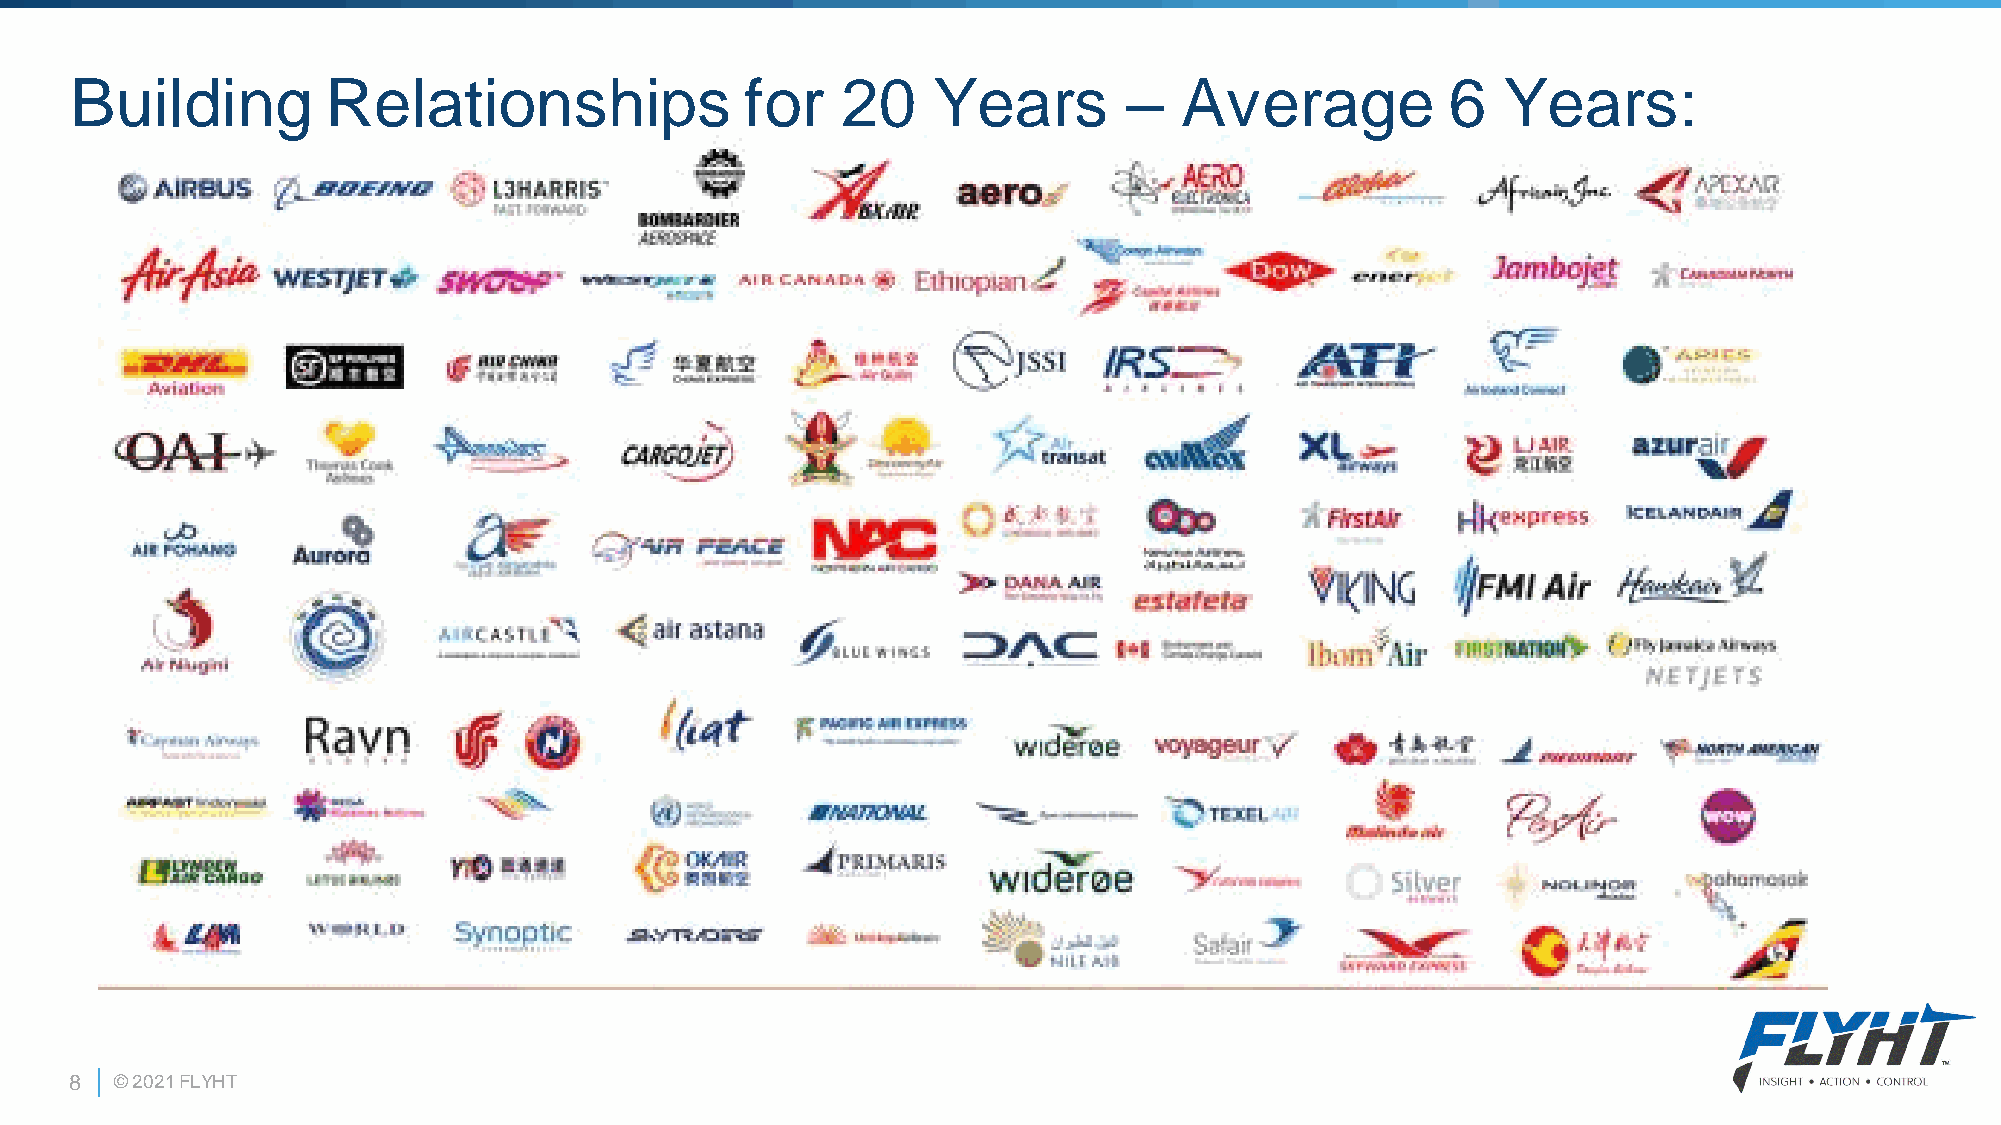
Building         Relationships              for    20    Years        –  Average           6   Years:
 8  © 2021 FLYHT